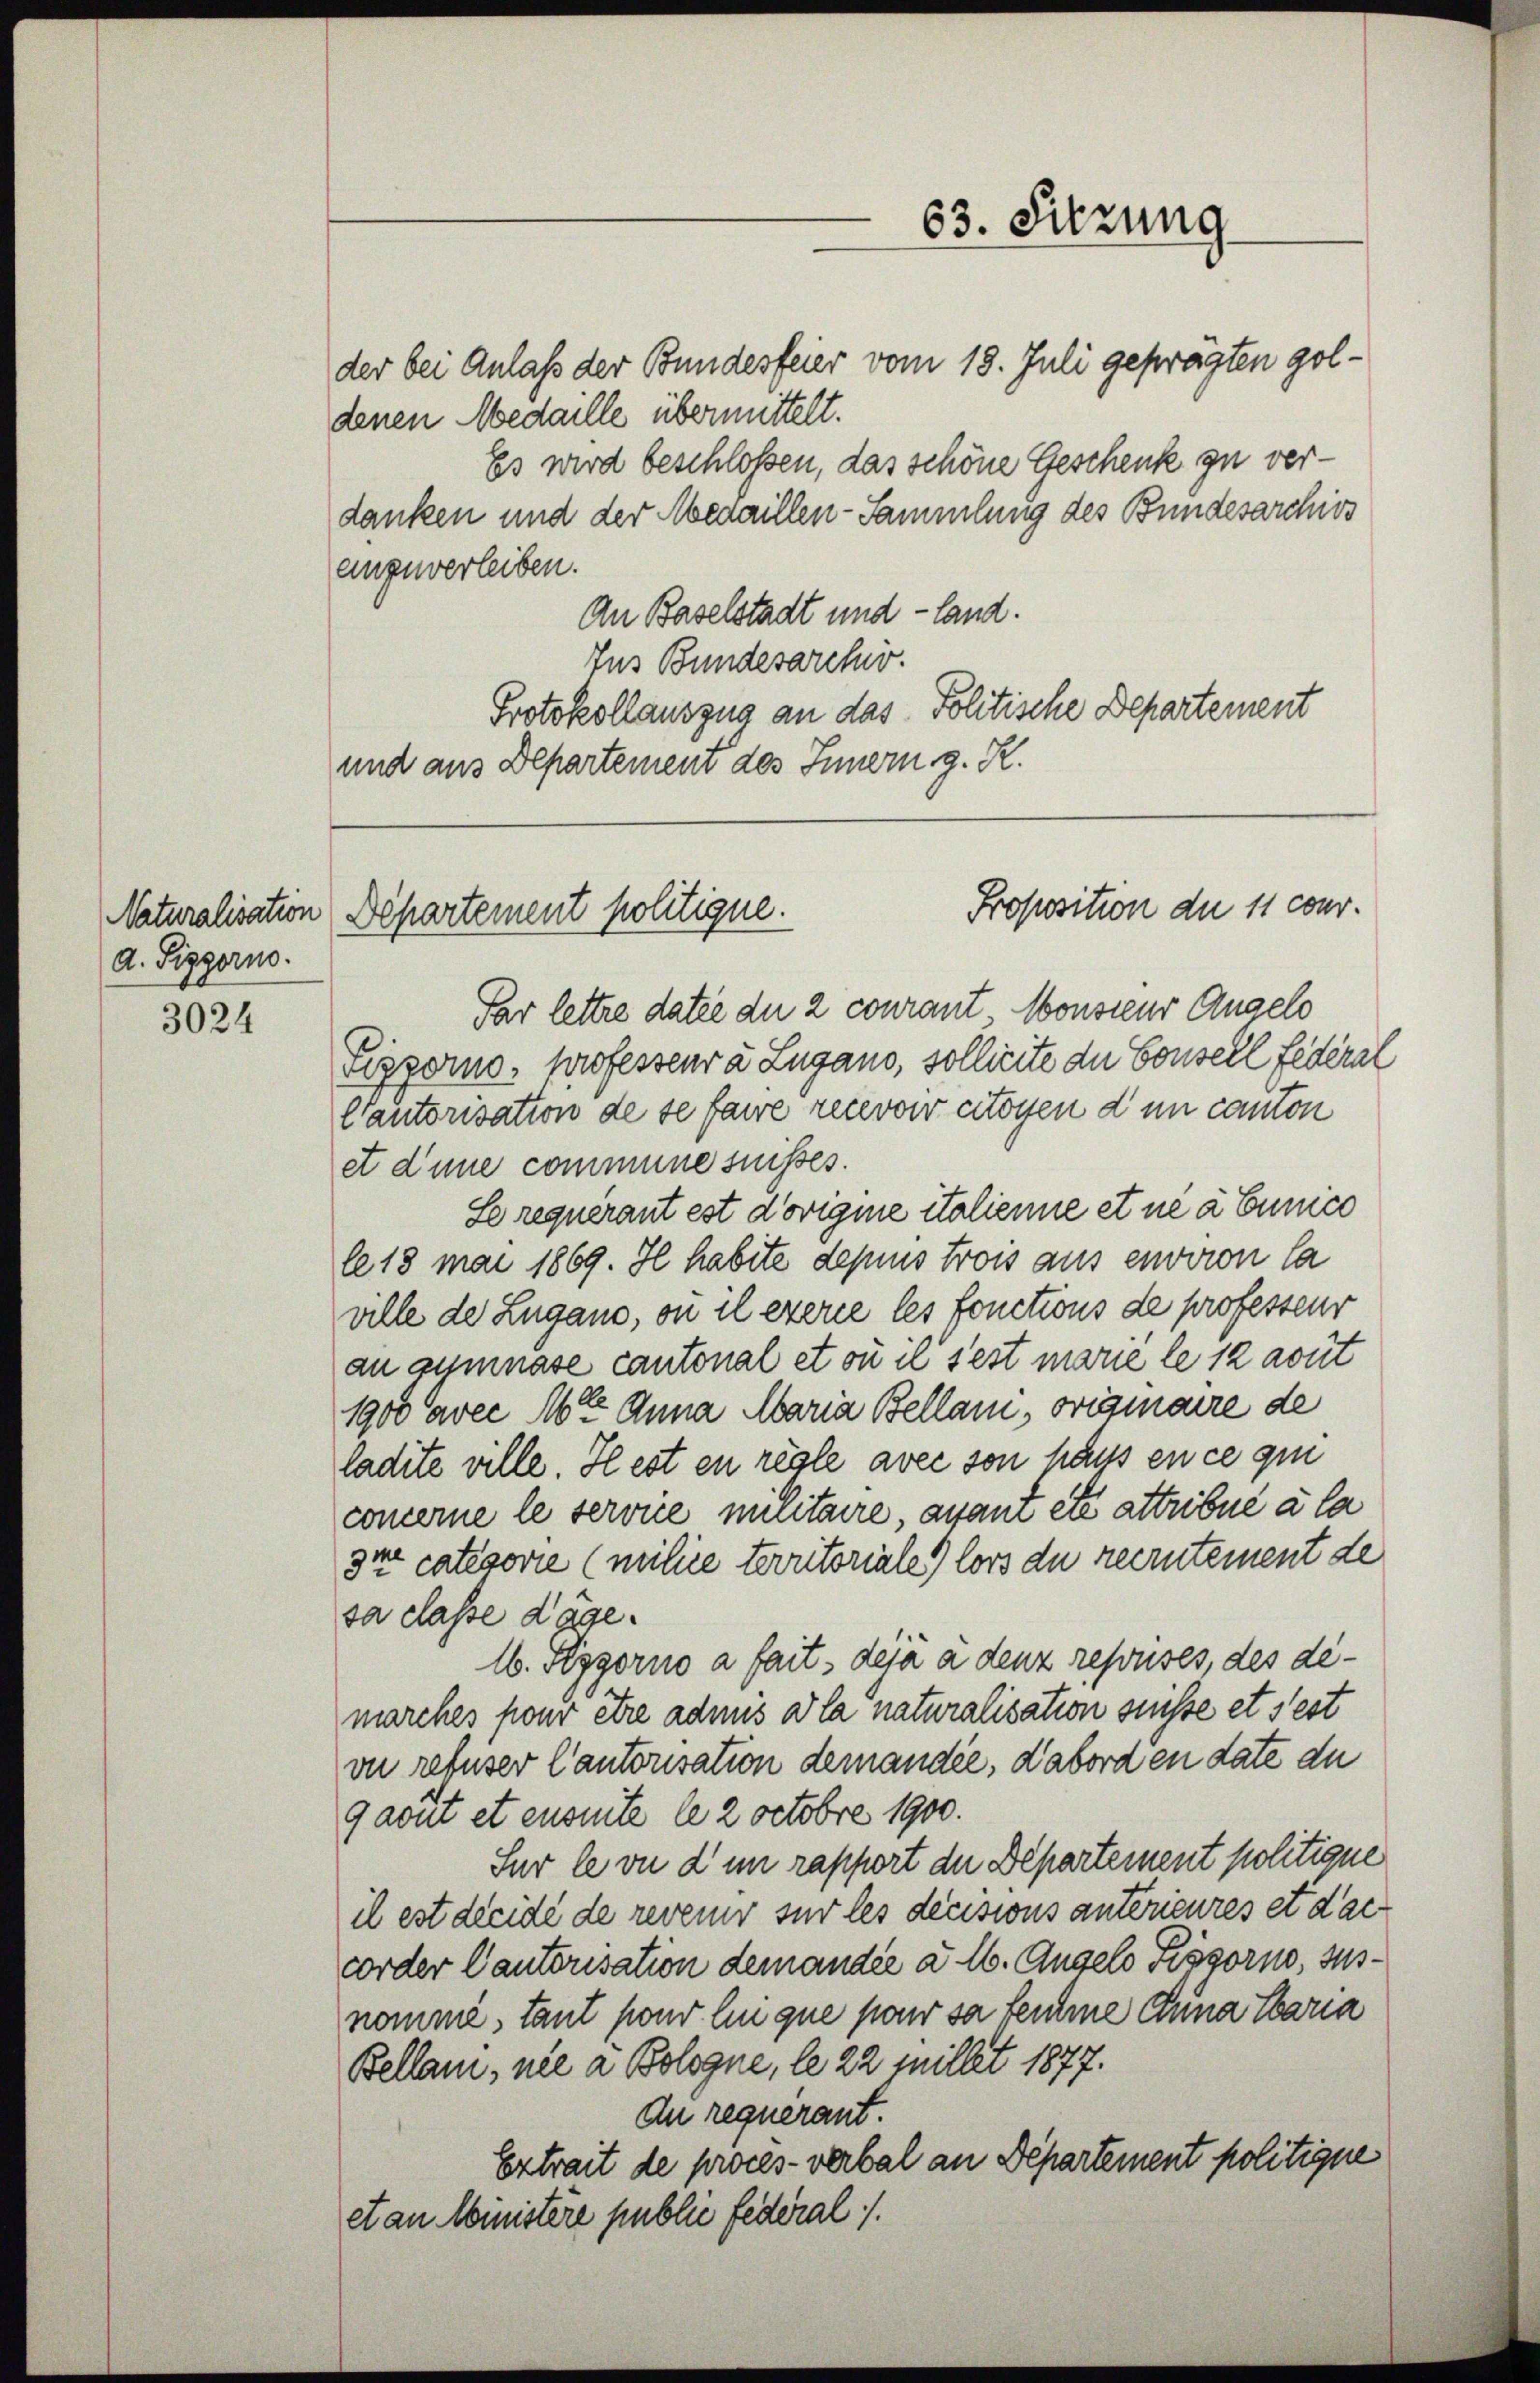
d. Siggorno.

3024

der bei Anlaß der Bundesfeier vom 18. Juli geprägten goldenen Medaille übermittelt.
Es wird beschlossen, das schöne Geschenk zu verdanken und der Medaillen-Sammlung des Bundesarchivs
einzuverleiben.
An Baselstadt und -land.
Ins Bundesarchiv.
Protokollausgna an das Politische Departement
und aus Departement des Innern g. R.

63. Sitzung

Proposition de 11 cour.
Naturalisation Departement politique.

Par lettre datie du 2 courant, Monsieur Angelo
Sizzorno, professeur à Lugano, sollicite du Conseil fédéral
Ctautorisation de se faire recevoir citoyen d un canton
et d’une commune suisses.
Se requérant est d’origine italienne et ne à Cunico
le 18 mai 1869. Il habite depuis trois aus environ la
ville de Zugano, ou il exerce les fonctions de professour
an gymnase cantonal et ou il s’est marie le 12 avut
1900 avec Mt Anna Maria Bellam, origmaire de
ladite ville. Il est en regle avec son pays en ce qui
concerne le service militaire, avant etc attribué à la
3te categorie (milie territoriale) lors du recrntement de
sa classe Lage.
16. Seggorno a fait déjà a denz reprises, des demarches pour être admis la naturalisation suisse et s’est
vn refuser Cantonsation demandée, d’abord en date du
9aout et ensente le 2 octobre 1900.
Sur le ou d’un rapport der Departement politique
il est dreide de revenur für les decisions anterieures et dac
corder Cantorisation demandée à lb. Angelo Peggorno, susnomme, tant pond lui que pour sa femme Anna taria
Bellan, nie a Bologne, le 22 Juillet 1877.
An requerant.
Extrait de proces-verbal an Departement politigere
et an Ministere public federal.